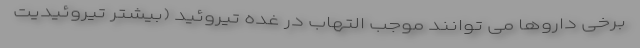
برخی داروها می توانند موجب التهاب در غده تیروئید (بیشتر تیروئیدیت